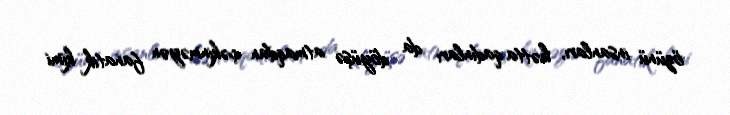
özünü insanları, hətta qadınları da döyüşə atmaqdan çəkinməyən fanatik kimi